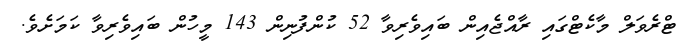
ޓްރެވަލް މާކެޓްގައި ރާއްޖެއިން ބައިވެރިވާ 52 ކުންފުނިން 143 މީހުން ބައިވެރިވާ ކަމަށެވެ.